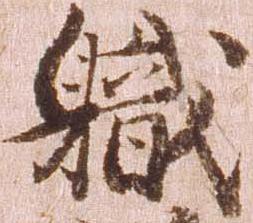
職